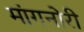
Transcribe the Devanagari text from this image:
मांगनोरी